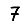
Digit: 7